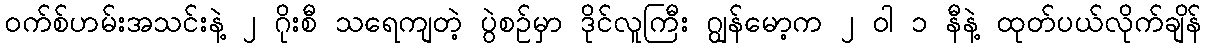
၀က်စ်ဟမ်းအသင်းနဲ့ ၂ ဂိုးစီ သရေကျတဲ့ ပွဲစဉ်မှာ ဒိုင်လူကြီး ဂျွန်မော့က ၂ ဝါ ၁ နီနဲ့ ထုတ်ပယ်လိုက်ချိန်